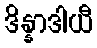
ဒိန္နာဒါယီ